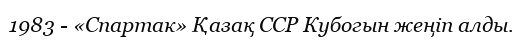
1983 - «Спартак» Қазақ ССР Кубогын жеңіп алды.